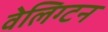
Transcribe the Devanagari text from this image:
वेलिग्टन